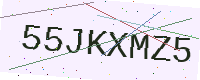
Text: 55JKXMZ5